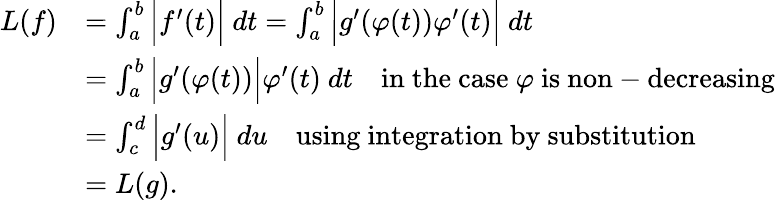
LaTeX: {\begin{array}{rl}{L(f)}&{=\int_{a}^{b}{\Big|}f^{\prime}(t){\Big|}\ dt=\int_{a}^{b}{\Big|}g^{\prime}(\varphi(t))\varphi^{\prime}(t){\Big|}\ dt}\\ &{=\int_{a}^{b}{\Big|}g^{\prime}(\varphi(t)){\Big|}\varphi^{\prime}(t)\ dt\quad{\mathrm{in~the~case~}}\varphi{\mathrm{~is~non-decreasing}}}\\ &{=\int_{c}^{d}{\Big|}g^{\prime}(u){\Big|}\ du\quad{\mathrm{using~integration~by~substitution}}}\\ &{=L(g).}\end{array}}